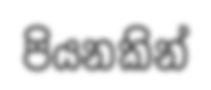
පියනකින්